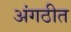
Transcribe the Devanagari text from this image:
अंगठीत